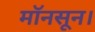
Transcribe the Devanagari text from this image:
मॉनसून।